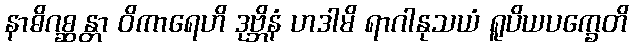
နာဓိဂစ္ဆန္တာ ဝိကာရေဟိ ဒုဗ္ဘိနံ ဟဒါမိ ရာဂါနုသယံ ရူပိယပက္ခေတိ